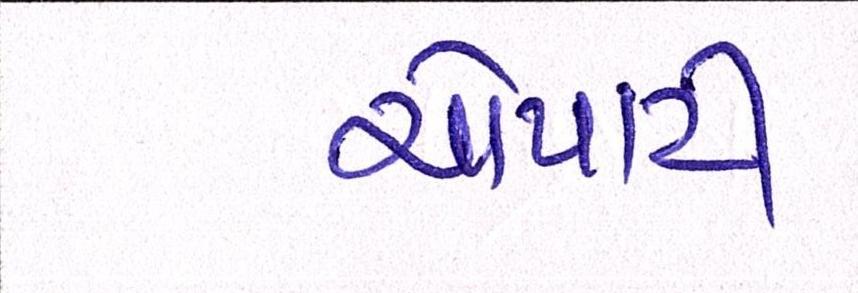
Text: ચોપાટી